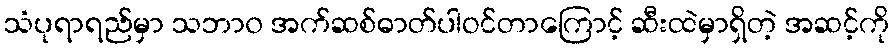
သံပုရာရည်မှာ သဘာ၀ အက်ဆစ်ဓာတ်ပါဝင်တာကြောင့် ဆီးထဲမှာရှိတဲ့ အဆင့်ကို